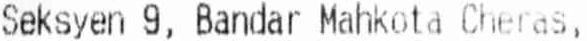
SEKSYEN 9, BANDAR MAHKOTA CHERAS,